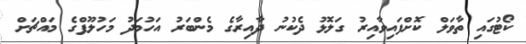
ކޯޓުގައި ތާވަލް ކޮށްފައިވާއިރު ގަލޮޅު ދެކުނު ދާއިރާގެ މެންބަރު އަހުމަދު މަހުލޫފްގެ މައްޗަށް